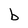
Character: b